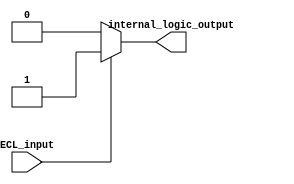
module IO_Block_ECL(
    input ECL_input,
    output internal_logic_output
);

// Input buffer converts external ECL signal to internal logic level
reg internal_logic_level;
assign internal_logic_level = (ECL_input == 1'b1) ? 1'b1 : 1'b0;

// Output buffer converts internal logic level to ECL signal for output
assign internal_logic_output = internal_logic_level;

endmodule